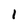
Character: 1